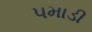
પમાડી